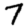
Digit: 7